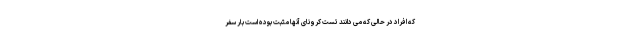
که افراد در حالی که می دانند تست کرونای آنها مثبت بوده است بار سفر